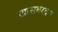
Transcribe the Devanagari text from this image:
खासबरदार